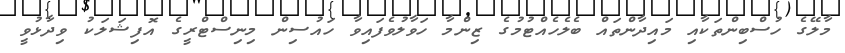
މާލޭގެ ހުސްބިންތަކާއި މައިދާންތައް ބެލެހެއްޓުމުގެ ޒިންމާ ހަވާލުވެފައިވާ ހައުސިން މިނިސްޓްރީގެ އޮފިޝަލަކު ވިދާޅުވީ